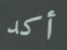
أكد